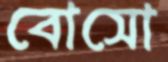
বোসো